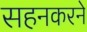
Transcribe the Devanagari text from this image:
सहनकरने